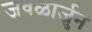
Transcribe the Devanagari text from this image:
जवळार्जुन